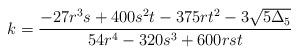
LaTeX: \begin{align*}k=\frac{-27 r^3 s+400 s^2 t-375 r t^2-3 \sqrt{5\Delta_5}}{54 r^4-320 s^3+600 r s t}\end{align*}